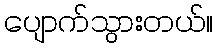
ပျောက်သွားတယ်။